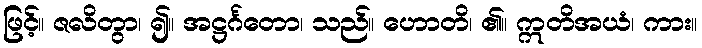
ဖြင့်။ ဇလိတွာ၊ ၍။ အဋ္ဌင်္ဂတော၊ သည်။ ဟောတိ၊ ၏။ ဣတိအယံ၊ ကား။